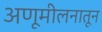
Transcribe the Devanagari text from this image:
अणूमीलनातून